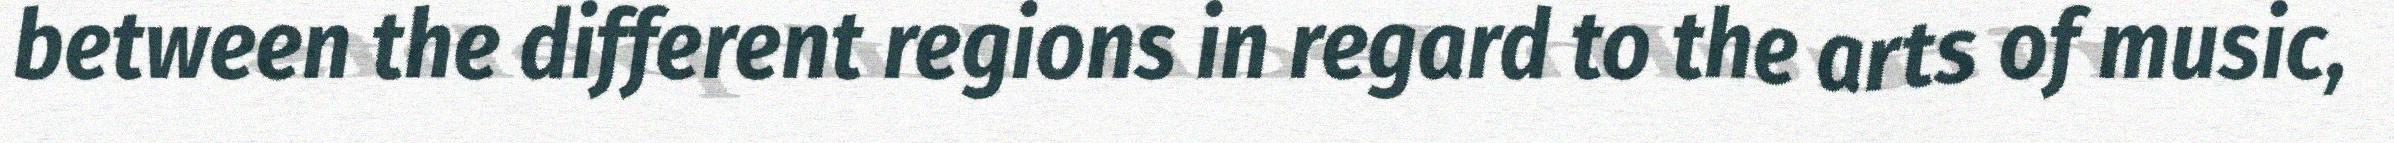
between the different regions in regard to the arts of music,